Vaccination United Provinces of Agra and Oudh 1923-1928 - 1923-1928
Year: 1923
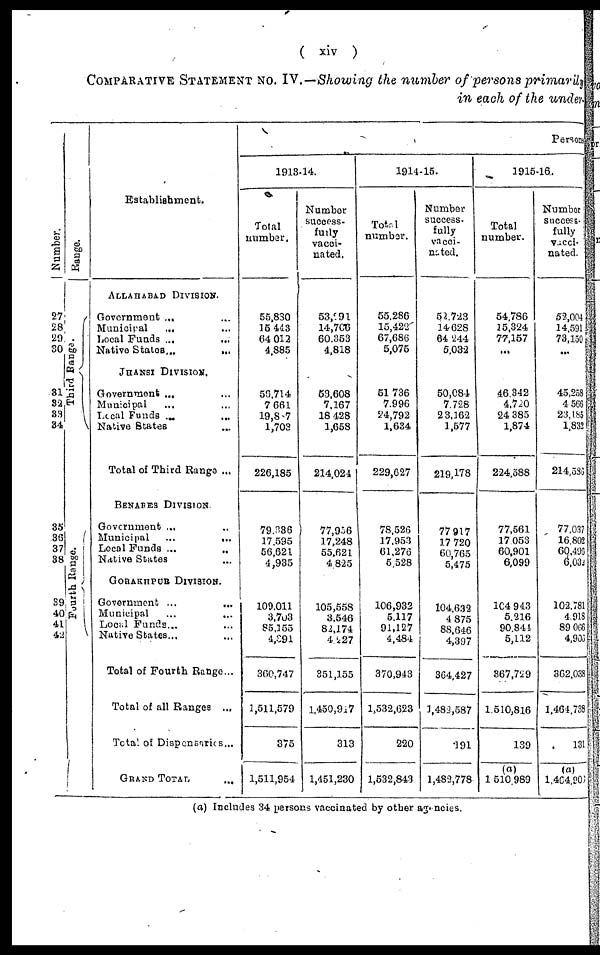
( xiv )
COMPARATIVE STATEMENT NO. IV.—Showing the number of persons primarily
in each of the under.
Number.
27
28
29
30
31
32
33
34
35
36
37
38
39
40
41
42
Range.
Third Range.
Fourth Range.
Establishment.
ALLAHABAD DIVISION.
Government ... ...
Municipal
... ...
Local Funds ... ...
Native States ... ...
JHANSI DIVISION.
Government ... ...
Municipal ... ...
Local Funds ... ...
Native States ... ...
Total of Third Range ...
BENARES DIVISION.
Government ... ...
Municipal
...
...
Local Funds ...
...
Native States ... ...
GORAKHPUR DIVISION.
Government ... ...
Municipal
...
...
Local Funds ... ...
Native States ... ...
Total of Fourth Range ...
Total of all Ranges ...
Total of Dispensaries...
GRAND TOTAL ...
Persons
1913-14.
Total
number.
55,830
15,443
64,012
4,885
56,714
7,661
19,887
1,703
226,185
79,336
17,595
56,621
4,935
109,011
3,703
85,155
4,391
360,747
1,511,579
375
1,511,954
Number
success-
fully
vacci¬
nated.
53,991
14,706
60,353
4,818
53,608
7,167
18,428
1,658
214,024
77,956
17,248
55,621
4,825
105,558
3,546
82,174
4,227
351,155
1,450,917
313
1,451,230
1914-15.
Total
number.
55,286
15,422
67,686
5,075
51,736
7,996
24,792
1,634
229,627
78,526
17,953
61,276
5,528
106,932
5,117
91,127
4,484
370,943
1,532,623
220
1,532,843
Number
success-
fully
vacci-
nated.
52,723
14,628
64,244
5,032
50,084
7,728
23,162
1,577
219,178
77,917
17,720
60,765
5,475
104,632
4,875
88,646
4,397
364,427
1,482,587
191
1,482,778
1915-16.
Total
number.
54,786
15,324
77,157
...
46,342
4,720
24,385
1,874
224,588
77,561
17,053
60,901
6,099
104,943
5,216
90,844
5,112
367,729
1,510,816
139
(a)
1,510,989
Number
success¬
fully
vacci¬
nated.
52,004
14,591
73,150
...
45,258
4,566
23,185
1,832
214,586
77,037
16,802
60,496
6,032
102,781
4,918
89,066
4,906
362,038
1,464,738
131
(a)
1,464,206
(a) Includes 34 persons vaccinated by other agencies.